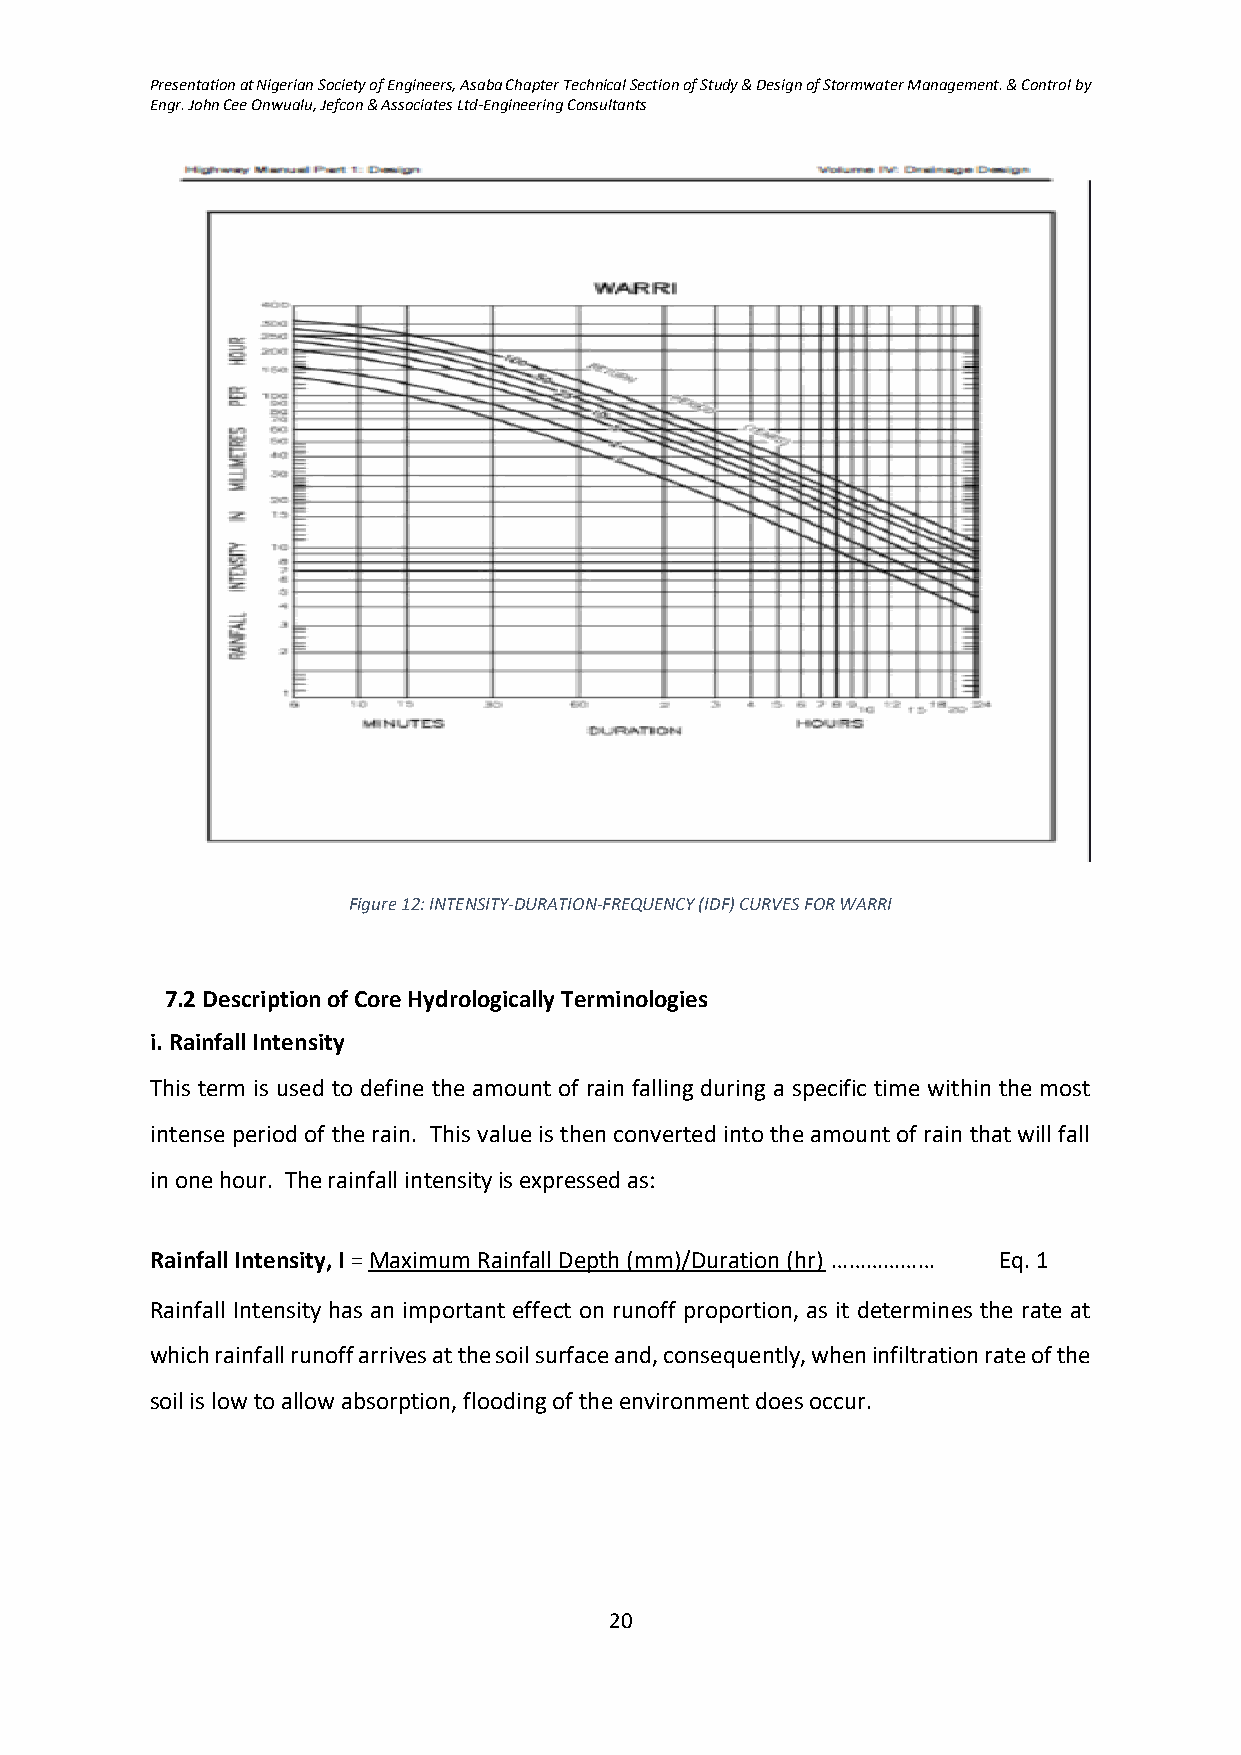
Presentation at Nigerian Society of Engineers, Asaba Chapter Technical Section of Study & Design of Stormwater Management. & Control by
 Engr. John Cee Onwualu, Jefcon & Associates Ltd-Engineering Consultants
 Figure 12: INTENSITY-DURATION-FREQUENCY (IDF) CURVES FOR WARRI
 7.2 Description of Core Hydrologically Terminologies
 i. Rainfall Intensity
 This term is used to define the amount of rain falling during a specific time within the most
 intense period of the rain. This value is then converted into the amount of rain that will fall
 in one hour. The rainfall intensity is expressed as:
 Rainfall Intensity, I = Maximum Rainfall Depth (mm)/Duration (hr) ……………… Eq. 1
 Rainfall Intensity has an important effect on runoff proportion, as it determines the rate at
 which rainfall runoff arrives at the soil surface and, consequently, when infiltration rate of the
 soil is low to allow absorption, flooding of the environment does occur.
 20